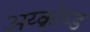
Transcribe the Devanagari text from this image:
अय्क्रोय्ड